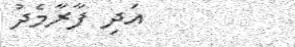
އަދި ފާރާމެދު